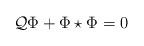
\begin{align*}{\cal Q}\Phi +\Phi\star\Phi =0\end{align*}